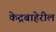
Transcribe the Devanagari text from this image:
केद्रबाहेरील